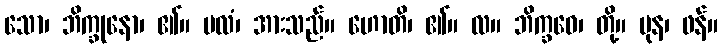
သော၊ ဘိက္ခုနော၊ ၏။ ဗလံ၊ အားသည်။ ဟောတိ၊ ၏။ လ။ ဘိက္ခဝေ၊ တို့။ ပုန၊ ဖန်။